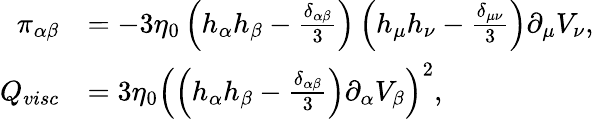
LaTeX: \begin{array}{rl}{\pi_{\alpha\beta}}&{=-3\eta_{0}\left(h_{\alpha}h_{\beta}-\frac{\delta_{\alpha\beta}}{3}\right)\left(h_{\mu}h_{\nu}-\frac{\delta_{\mu\nu}}{3}\right)\partial_{\mu}V_{\nu},}\\ {Q_{visc}}&{=3\eta_{0}\left(\left(h_{\alpha}h_{\beta}-\frac{\delta_{\alpha\beta}}{3}\right)\partial_{\alpha}V_{\beta}\right)^{2},}\end{array}